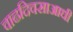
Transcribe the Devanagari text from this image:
वाढदिवसाआधी